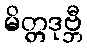
မိတ္တဒုဗ္ဘီ